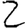
Digit: 2